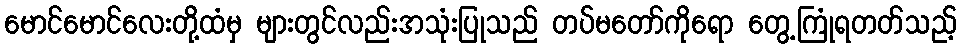
မောင်မောင်လေးတို့ထံမှ များတွင်လည်းအသုံးပြုသည် တပ်မတော်ကိုရော တွေ့ကြုံရတတ်သည့်